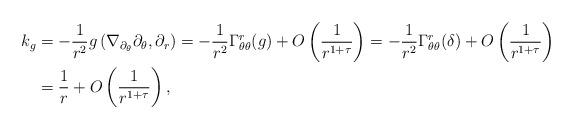
LaTeX: \begin{align*}k_g&=-\frac{1}{r^2}g\left(\nabla_{\partial_\theta} \partial_\theta,\partial_r\right)=-\frac{1}{r^2}\Gamma^{r}_{\theta\theta}(g) + O\left(\frac{1}{r^{1+\tau}}\right)=-\frac{1}{r^2}\Gamma^{r}_{\theta\theta}(\delta) + O\left(\frac{1}{r^{1+\tau}}\right) \\&=\frac{1}{r} + O\left(\frac{1}{r^{1+\tau}}\right),\end{align*}